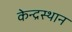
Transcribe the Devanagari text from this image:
केन्द्रस्थान